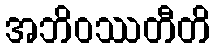
အဘိဝဿတီတိ